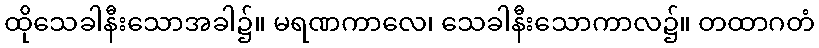
ထိုသေခါနီးသောအခါ၌။ မရဏကာလေ၊ သေခါနီးသောကာလ၌။ တထာဂတံ